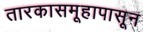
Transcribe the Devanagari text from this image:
तारकासमूहापासून